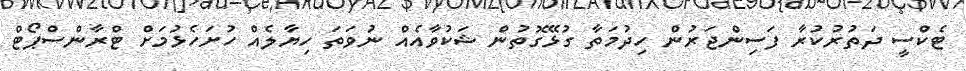
ޓެކްސީ ދަތުރުކުރާ ފަސިންޖަރުން ހިދުމަތާ ގުޅޭގޮތުން ޝަކުވާއެއް ނުވަތަ ހިޔާލެއް ހުށަހެޅުމަށް ޓްރާންސްޕޯޓް